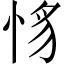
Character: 𢚵